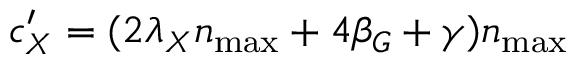
c _ { X } ^ { \prime } = ( 2 \lambda _ { X } n _ { \operatorname* { m a x } } + 4 \beta _ { G } + \gamma ) n _ { \operatorname* { m a x } }